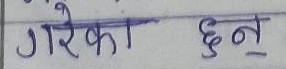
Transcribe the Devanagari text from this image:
गरेका छन्